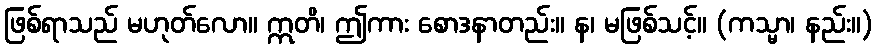
ဖြစ်ရာသည် မဟုတ်လော။ ဣတိ၊ ဤကား စောဒနာတည်း။ န၊ မဖြစ်သင့်။ (ကသ္မာ၊ နည်း။)